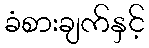
ခံစားချက်နှင့်